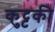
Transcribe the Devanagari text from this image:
कुट्टकी